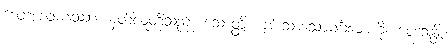
ဒေတဒေဝမနုဿာ၊ နတ်လူတို့သည်။ သောတ္ထိ၊ ချမ်းသာသောမင်္ဂလာကို။ ဝေဒသန္တိ၊